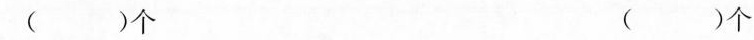
( )个 ( )个